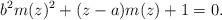
LaTeX: \begin{align*}b^2 m(z) ^2 + (z - a) m(z) + 1 = 0. \end{align*}